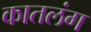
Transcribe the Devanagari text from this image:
कातलंग